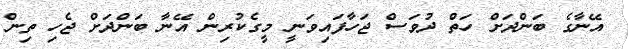
އޭނާގެ ބަންދަށް ހަތް ދުވަސް ޖަހާފައިވަނީ މީގެކުރިން އޭނާ ބަންދަށް ޖެހި ތިން